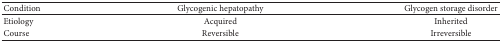
| Condition | Glycogenic hepatopathy | Glycogen storage disorder |
 | --- | --- | --- |
 | Etiology | Acquired | Inherited |
 | Course | Reversible | Irreversible |